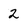
Character: 2